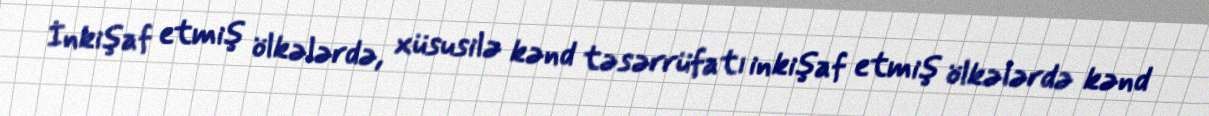
İnkişaf etmiş ölkələrdə, xüsusilə kənd təsərrüfatı inkişaf etmiş ölkələrdə kənd